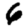
Digit: 6